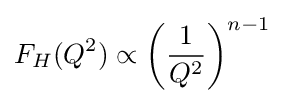
F_{H}(Q^{2})\propto \left({\frac {1}{Q^{2}}}\right)^{n-1}